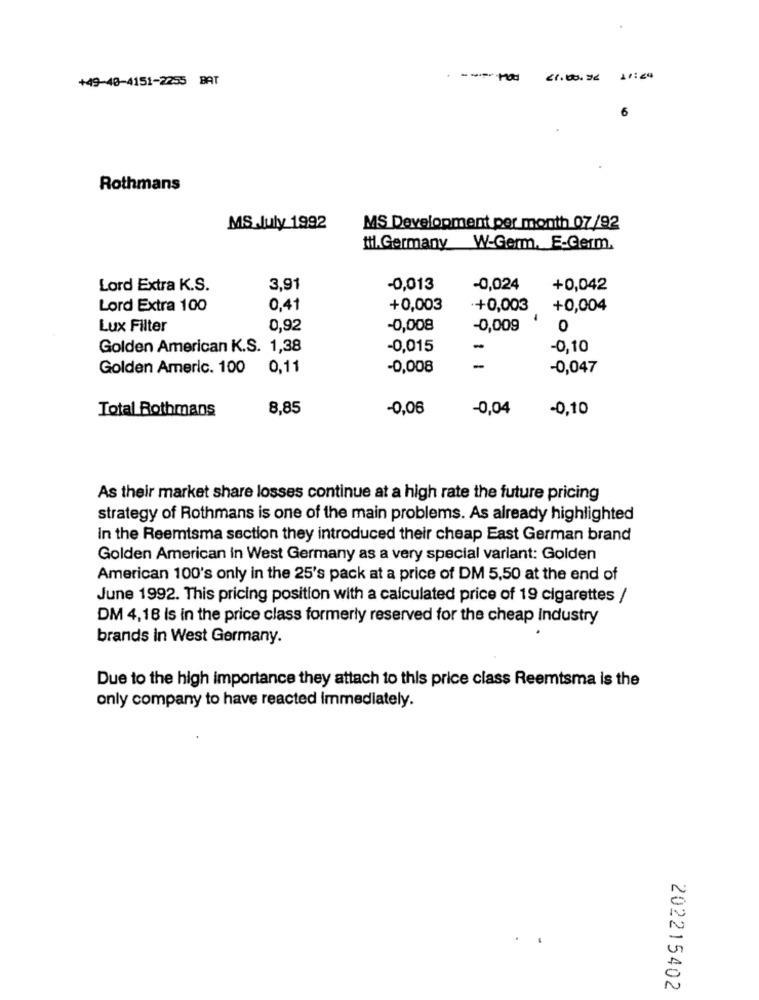
+49-40-4151-2255 BAT
----
Rothmans
MS July 1992
MS Development per month 07/92
til. Germany W-Germ, E-Germ.
Lord Extra K.S.
3,91
-0,013
-0,024
+0,042
Lord Extra 100
0,41
+0,003
+0,003
+0,004
Lux Filter
0,92
-0,008
-0,009
0
Golden American K.S. 1,38
-0,015
-
-0,10
Golden Americ. 100
0,11
-0,008
-0,047
Total Rothmans
8,85
-0,06
-0,04
-0,10
As their market share losses continue at a high rate the future pricing
strategy of Rothmans is one of the main problems. As already highlighted
In the Reemtsma section they introduced their cheap East German brand
Golden American in West Germany as a very special variant: Golden
American 100's only in the 25's pack at a price of DM 5,50 at the end of
June 1992. This pricing position with a calculated price of 19 cigarettes /
DM 4,18 is in the price class formerly reserved for the cheap Industry
brands in West Germany.
Due to the high importance they attach to this price class Reemtsma is the
only company to have reacted immediately.
202215402